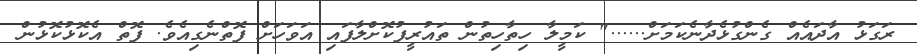
ރަގަޅު އާދައެއް ގެންގުޅެދާނެކަމަށް......" ކަމީލާ ހިތާހިތުން ތައުރީފުކޮށްލާފައި އަވަހަށް ފޮތްނެގިއެވެ. ފޮތް އެކޮޅުކޮޅުން